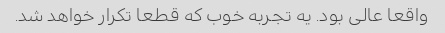
واقعا عالی بود. یه تجربه خوب که قطعا تکرار خواهد شد.